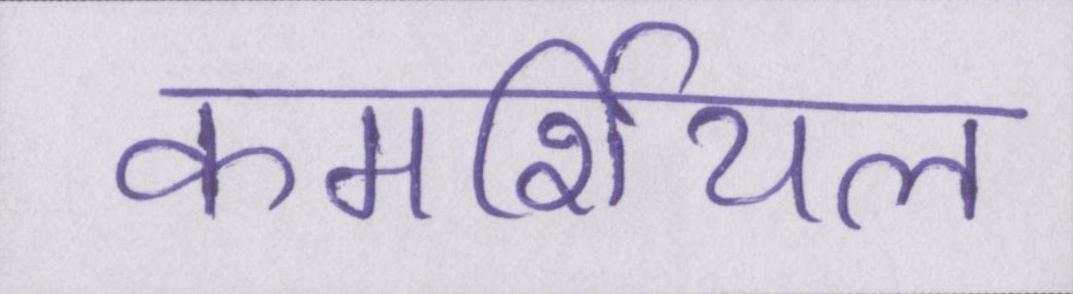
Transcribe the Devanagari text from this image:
कमर्शियल